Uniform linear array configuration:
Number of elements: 4
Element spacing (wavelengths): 0.25
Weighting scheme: blackman
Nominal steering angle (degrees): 45
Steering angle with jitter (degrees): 44.256
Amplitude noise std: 0.05
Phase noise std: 0.05

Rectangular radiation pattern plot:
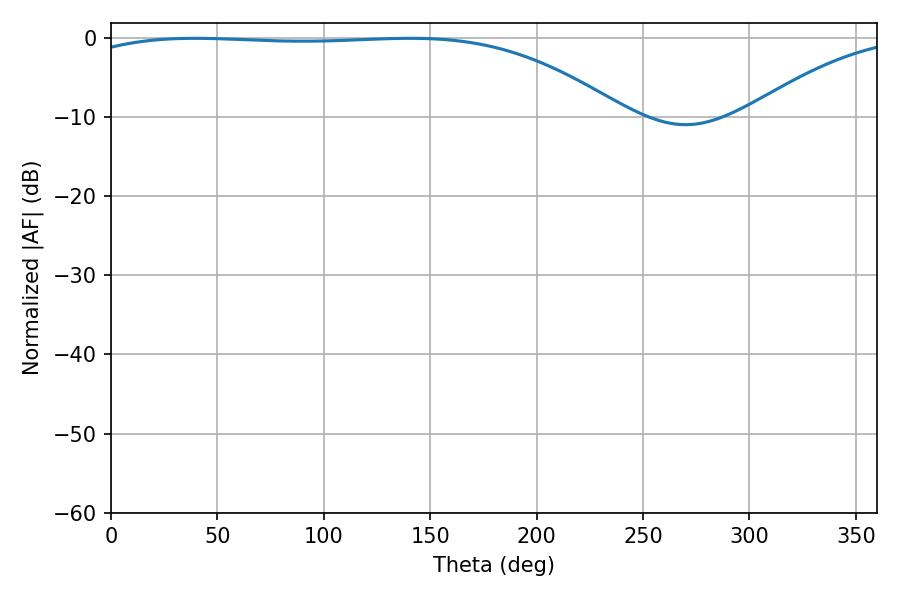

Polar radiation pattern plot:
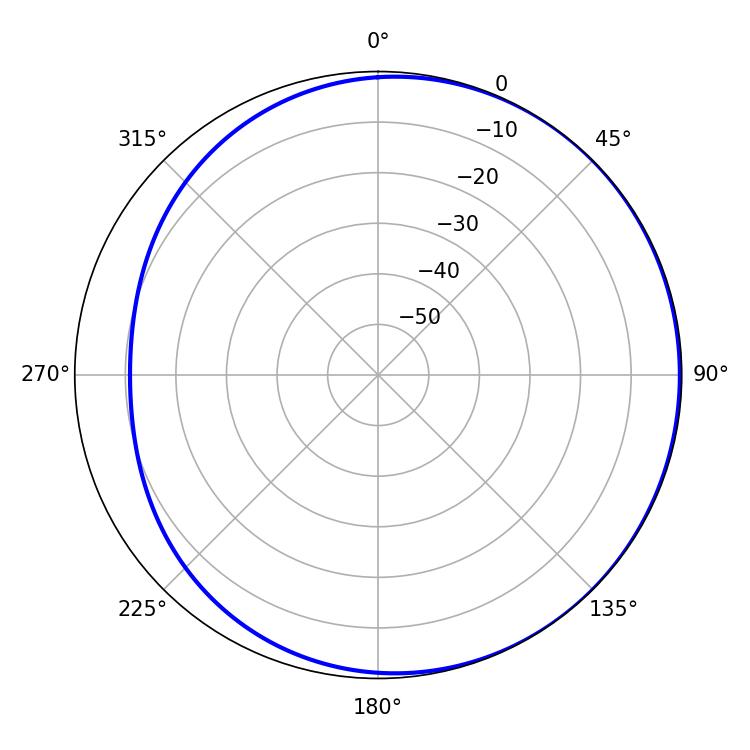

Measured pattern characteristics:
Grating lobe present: FALSE
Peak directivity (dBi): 1.267
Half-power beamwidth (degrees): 201.42
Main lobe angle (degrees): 39.42